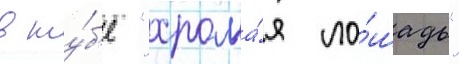
в клу́б'е "хрома́я ло́шадь"